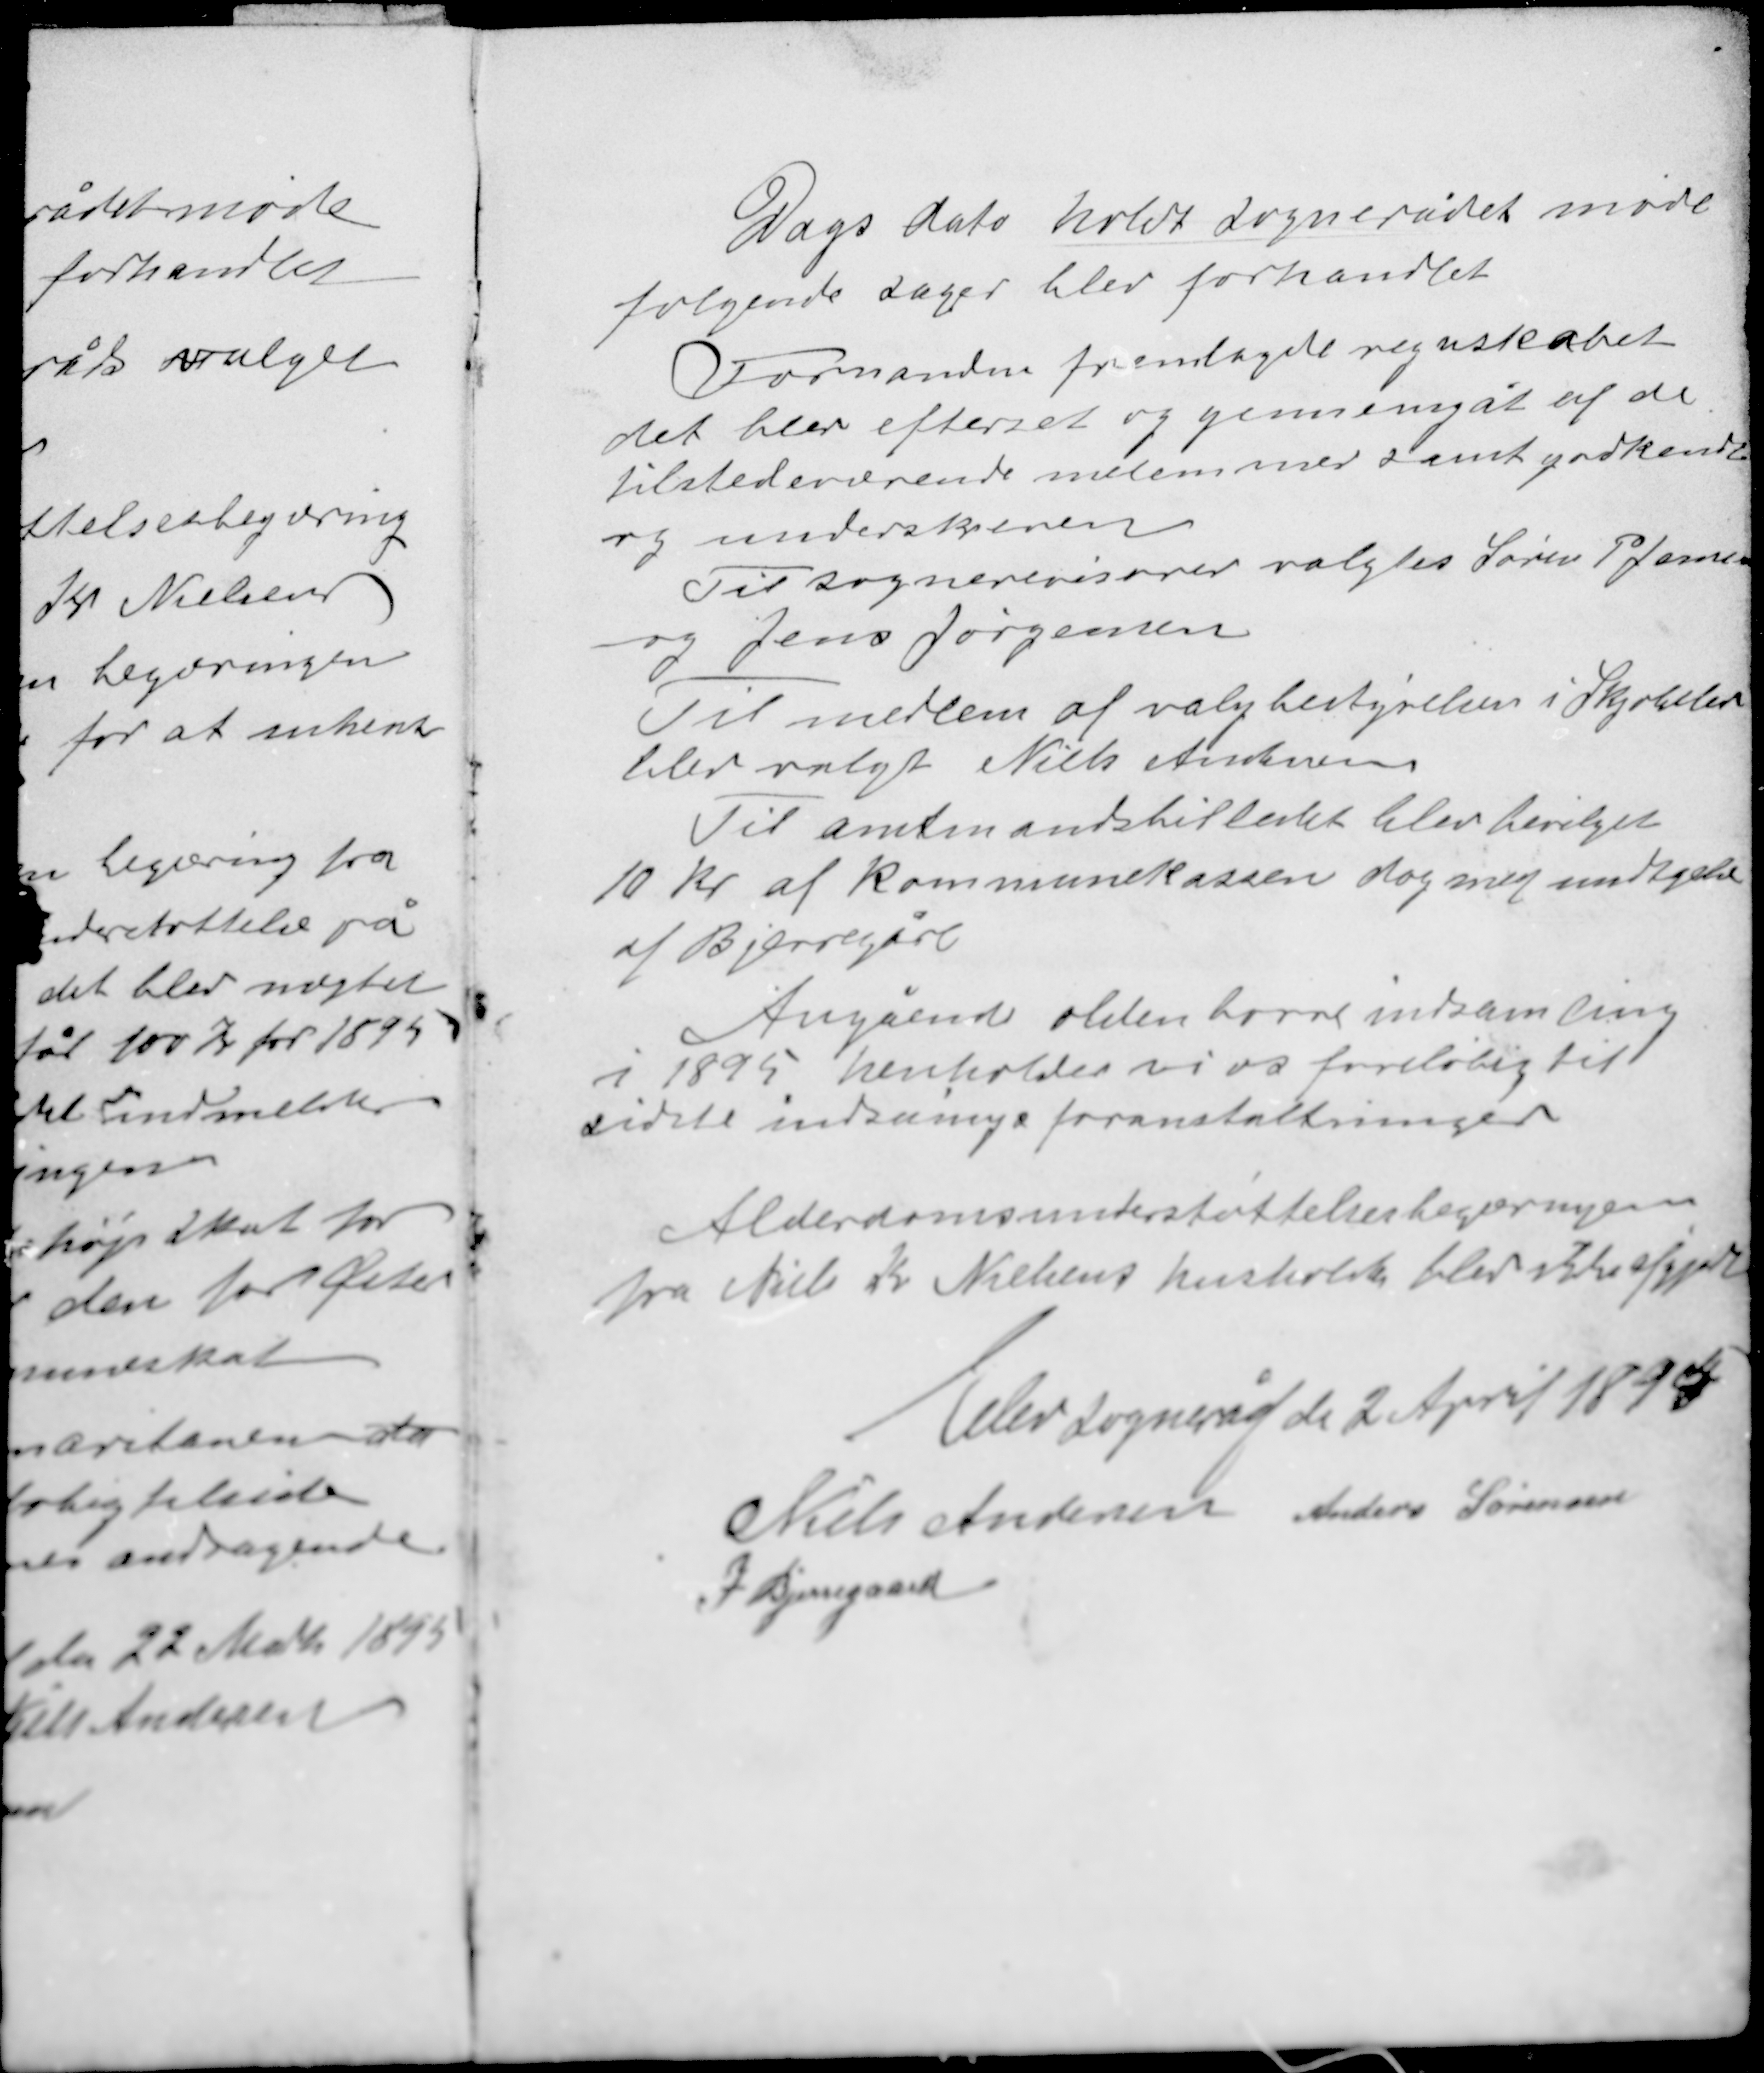
Transskription:
Dags dato holdt sognerådet møde
følgende sager blev forhandlet

Formanden fremlagde regnskabet
det blev efterset og gennemgåt af de
tilstedeværende medlemmer samt godkendt
og underskreven
Til sognerevisorer valgtes Søren P Jensen
og Jens Jørgensen

Til medlem af valgbestyrelsen i Skjoldelev
blev valgt Niels Andersen
Til amtmandsbilledet blev bevilget
10 kr af kommunekassen dog med undtagelse
af Bjerregård

Angående oldenborre indsamling
i 1895 henholder vi os foreløbig til
sidste indxxxx foranstaltninger

Alderdomsunderstøtttelsesbegæringen
fra Niels K Nielsens husholder blev ikke afgjort

Elev sogneråd d 2 April 1895
Niels Andersen Anders Sørensen
I Bjerregaard